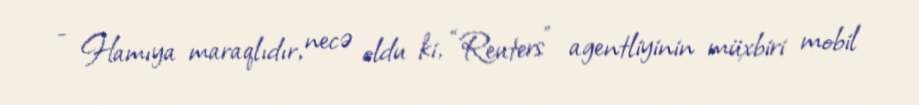
- Hamıya maraqlıdır, necə oldu ki, “Reuters” agentliyinin müxbiri mobil